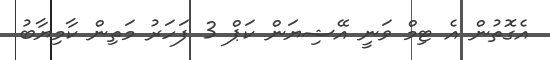
އެގޮތުން އެ ޓިމް ވަނީ އޭޝިޔަން ކަޕް 3 ފަހަރު މަތިން ކާމިޔާބު